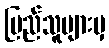
ပြည်သူများမှ